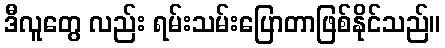
ဒီလူတွေ လည်း ရမ်းသမ်းပြောတာဖြစ်နိုင်သည်။